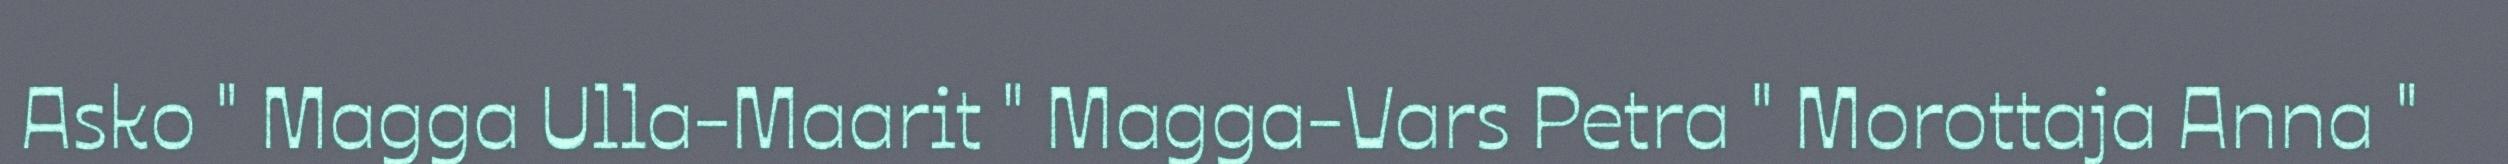
Asko " Magga Ulla-Maarit " Magga-Vars Petra " Morottaja Anna "